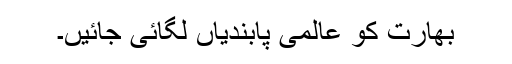
بھارت کو عالمی پابندیاں لگائی جائیں۔